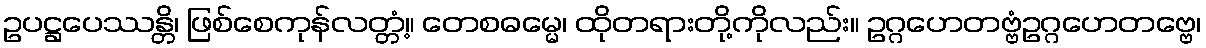
ဥပဋ္ဌပေဿန္တိ၊ ဖြစ်စေကုန်လတ္တံ့။ တေစဓမ္မေ၊ ထိုတရားတို့ကိုလည်း။ ဥဂ္ဂဟေတဗ္ဗံဥဂ္ဂဟေတဗ္ဗေ၊